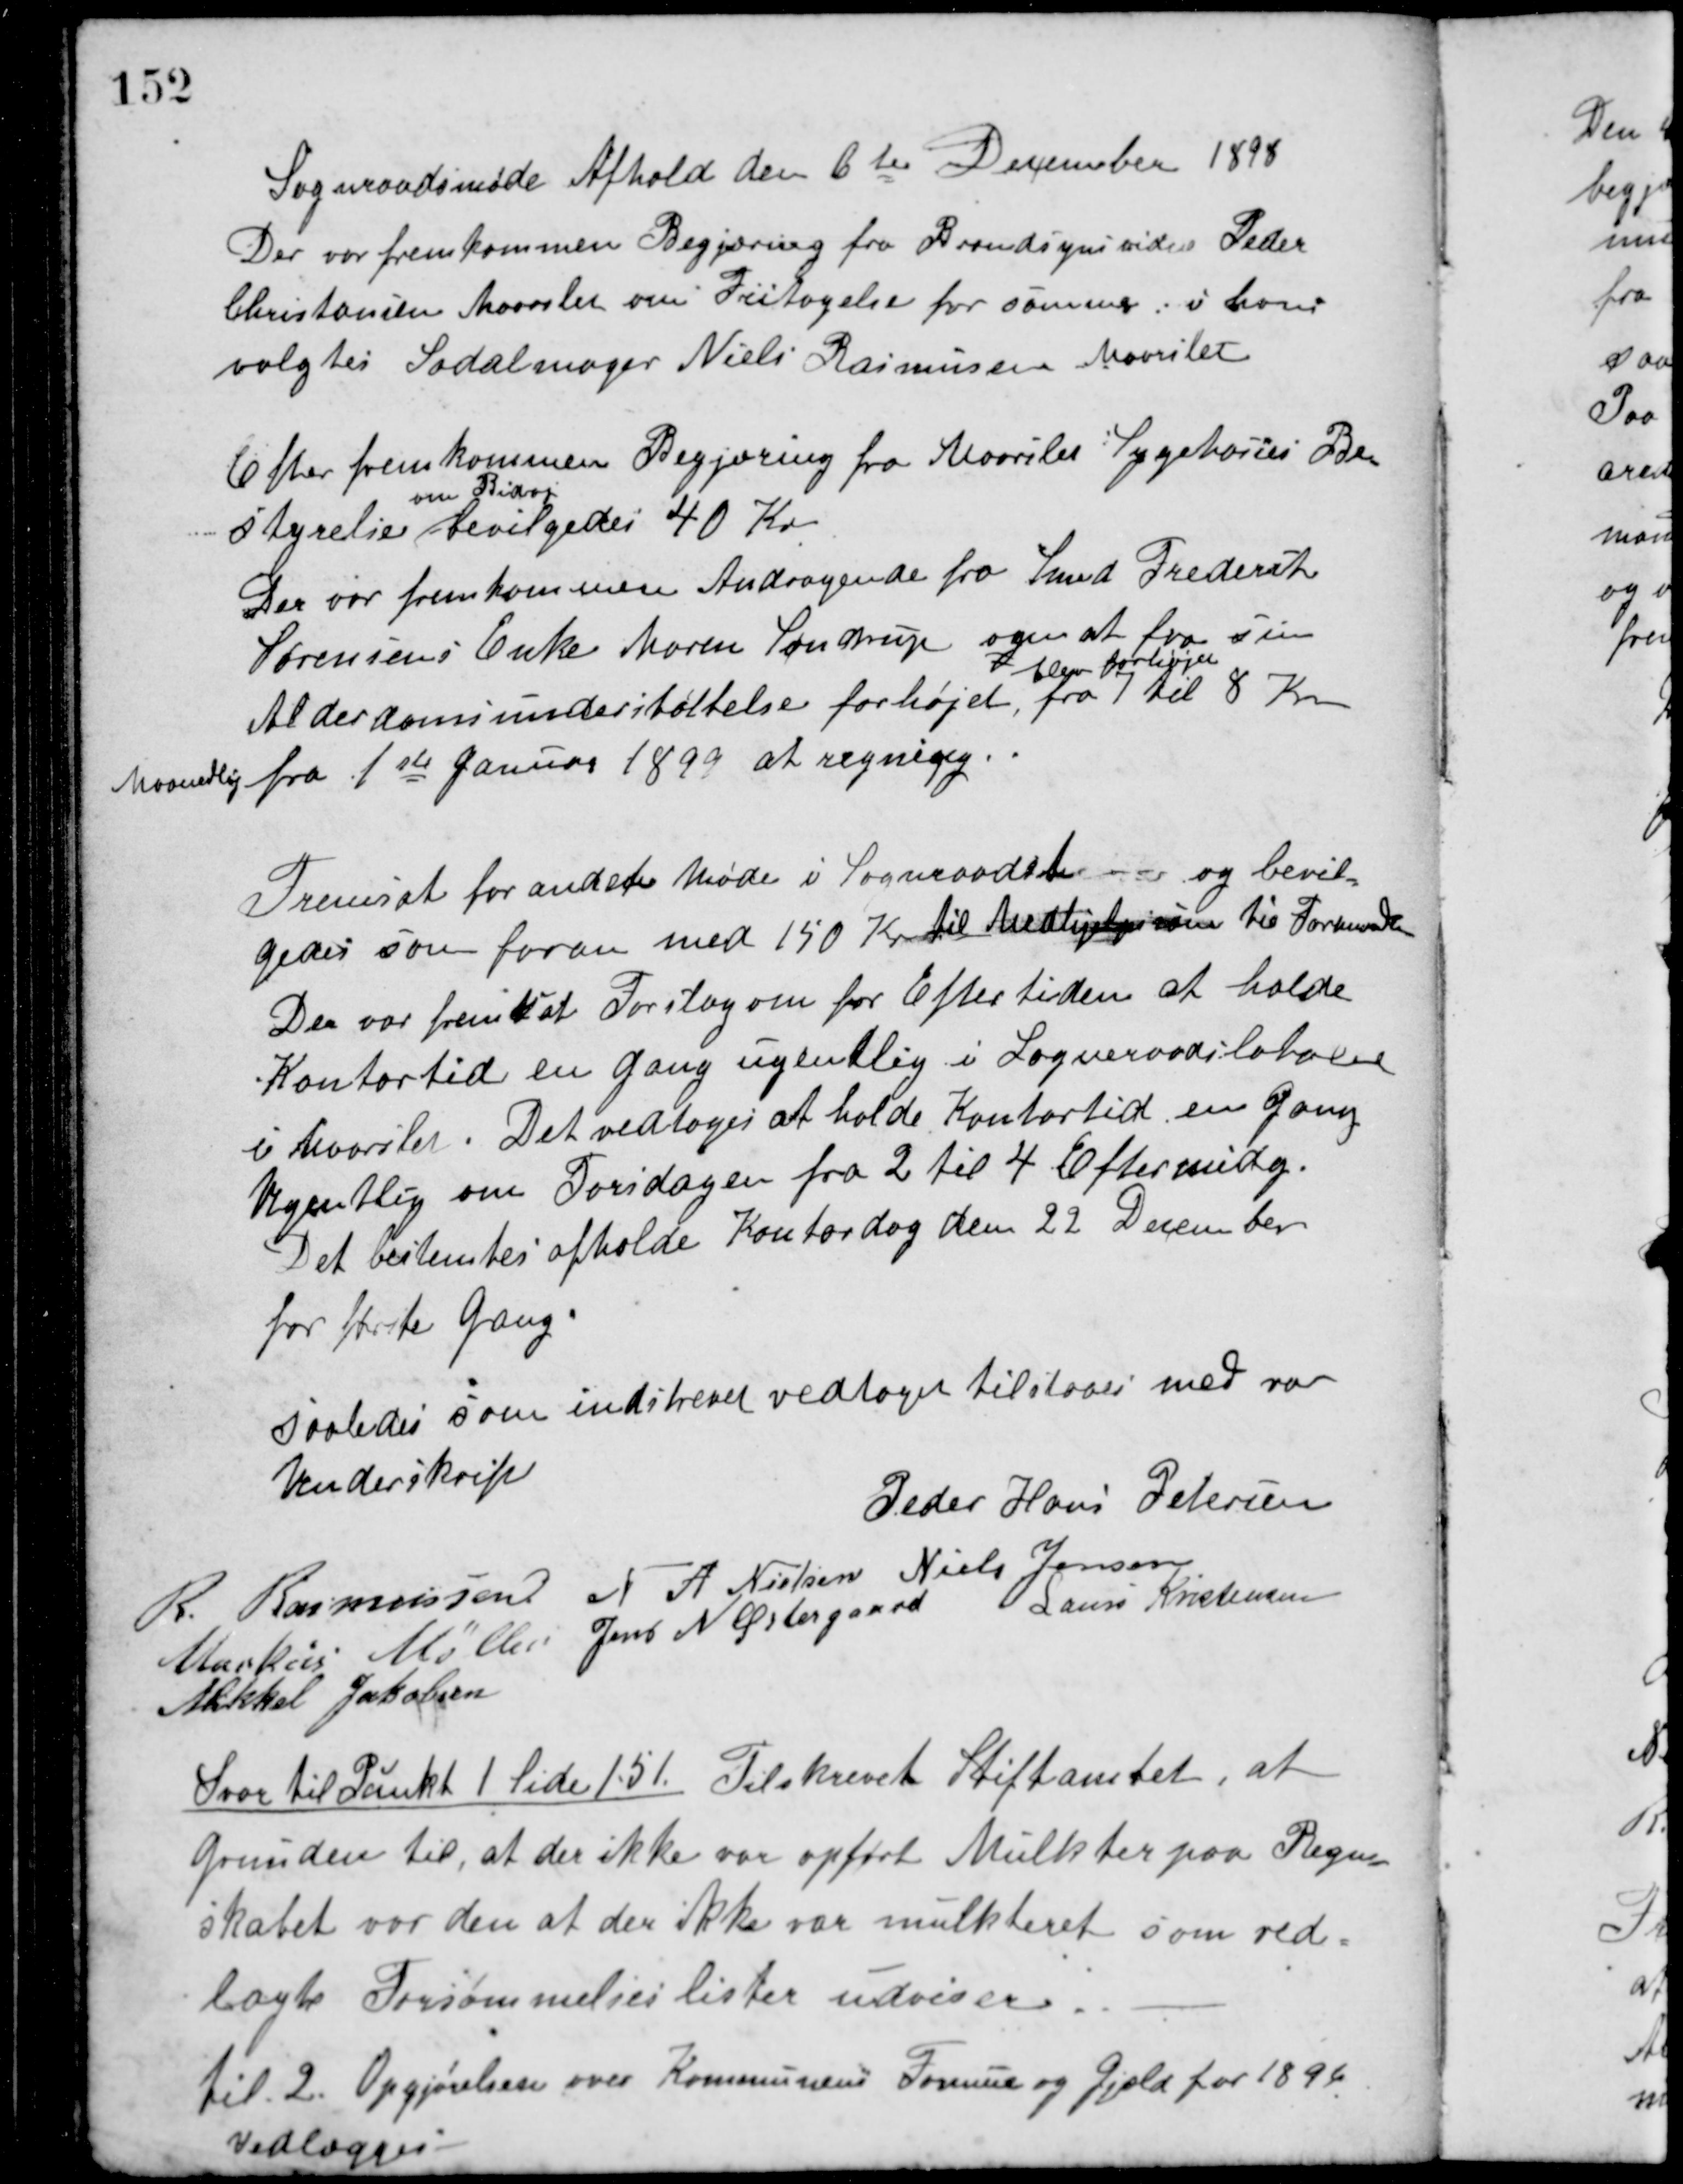
Transskription:
Sogneraadsmøde Afhold den 6te December 1898
Der var fremkommen Begjæring fra Brandsynsvidne Peder
Christensen Maarslet om Fritagelse for samme. i hans
valgtes Sadelmager Niels Rasmussen Maarslet.
Efter fremkommen Begjæring fra Maarslet Sygekasses Be-
styrelse
om Bidrag
bevilgedes 40 Kr.
Der var fremkommen Andragende fra Smed Frederik
Sørensens Enke Maren Søndrup om at faa sin
Alderdomsunderstøttelse forhøjet,
blev forhøjet
fra 7 til 8 Kr.
Maanedlig fra 1ste Januar 1899 at regning.
Fremsat for andet Møde i Sogneraadet og bevil-
gedes som foran med 150 Kr. til Medhjælpssum til Formanden.
Der var fremsat Forslag om for Eftertiden at holde
Kontortid en Gang ugentlig i Sogneraadslokalet
i Maarslet. Det vedtoges at holde Kontortid en Gang
Ugentlig om Torsdagen fra 2 til 4 Eftermidg.
Det bestemtes afholde Kontordag den 22 December
for første Gang.
Saaledes som indskrevet vedtaget tilstaaes med vor
Underskrift
Peder Hans Petersen
R. Rasmussen N. A. Nielsen Niels Jensen
Markus Møller Jens N. Østergaard Laurs Kristensen
Mikkel Jakobsen
Svar til Punkt 1 Side 151. Tilskrevet Stiftamtet, at
Grunden til, at der ikke var opført Mulkter paa Regn-
skabet var den at der ikke var mulkteret som ved-
lagte Forsømmelseslister udviser.
til 2. Opgjørelsen over Kommunens Formue og Gjæld for 1896
vedlægges.